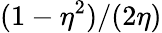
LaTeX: (1-\eta^{2})/(2\eta)